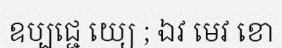
ឧប្បជ្ជេ យ្យេ ; ឯវ មេវ ខោ